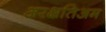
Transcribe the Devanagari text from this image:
अरक्षतिअम